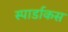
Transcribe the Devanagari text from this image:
स्पार्डाकस